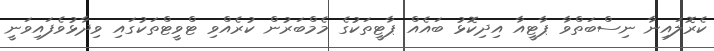
ކެރޮލައިނާ ނިސްބަތްވާ ޕާޓީއާ އިދިކޮޅު ބައެއް ޕާޓީތަކުގެ މެމްބަރުން ކުރެއްވި ޓްވީޓްތަކުގައި ވިދާޅުވެފައިވަނީ